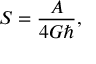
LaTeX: S = \frac { A } { 4 G \hbar } ,